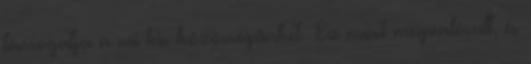
támogatja a mi kis közösségünket. Ez most megvalósult, és